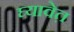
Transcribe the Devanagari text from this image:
घ्यावेत़